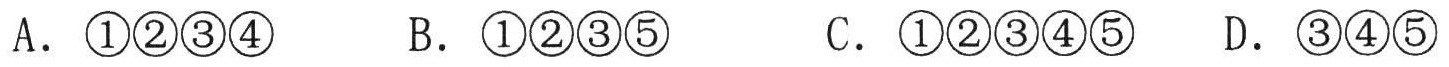
A. \textcircled{1}\textcircled{2}\textcircled{3}\textcircled{4}
B. \textcircled{1}\textcircled{2}\textcircled{3}\textcircled{5}
C. \textcircled{1}\textcircled{2}\textcircled{3}\textcircled{4}\textcircled{5}
D. \textcircled{3}\textcircled{4}\textcircled{5}